[Report on the health of British troops in the Madras command]
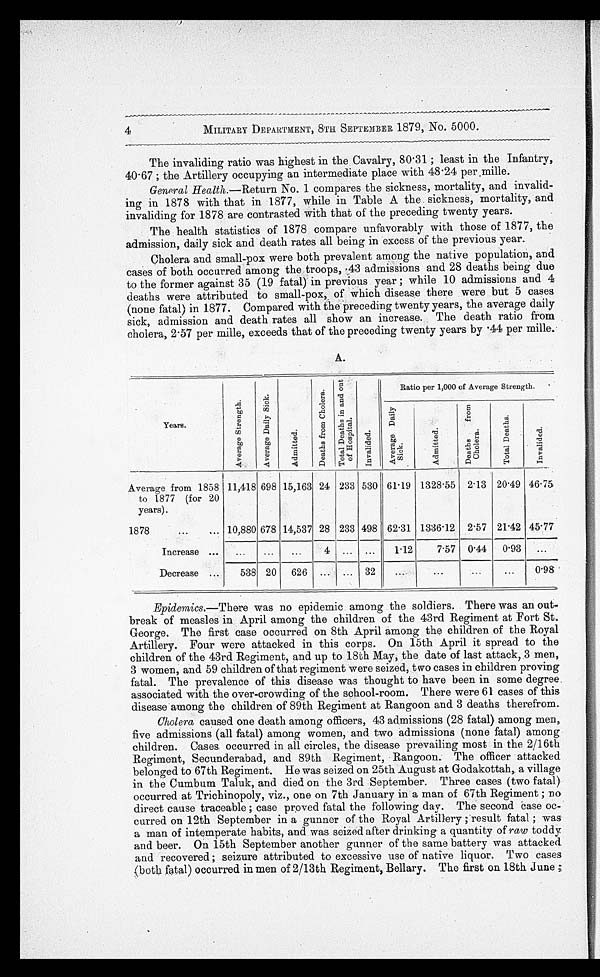
MILITARY DEPARTMENT, 8TH SEPTEMBER 1879, No. 5000.
The invaliding ratio was highest in the Cavalry, 80.31; least in the Infantry,
40.67; the Artillery occupying an intermediate place with 48.24 per mille.
General Health.—Return No. 1 compares the sickness, mortality, and invalid
-
ing in 1878 with that in 1877, while in Table A the sickness, mortality, and
invaliding for 1878 are contrasted with that of the preceding twenty years.
The health statistics of 1878 compare unfavorably with those of 1877, the
admission, daily sick and death rates all being in excess of the previous year.
Cholera and small-pox were both prevalent among the native population, and
cases of both occurred among the troops, .43 admissions and 28 deaths being due
to the former against 35 (19 fatal) in previous year; while 10 admissions and 4
deaths were attributed to small-pox, of which disease there were but 5 cases
(none fatal) in 1877. Compared with the preceding twenty years, the average daily
sick, admission and death rates all show an increase. The death ratio from
cholera, 2.57 per mille, exceeds that of the preceding twenty years by .44 per mille.
A.
Years.
A v e r a g e S t r e n g t h .
A v e r a g e D a i l y S i c k .
A d m i t t e d .
D e a t h s f r o m C h o l e r a . T o t a l D e a t h s i n a n d o u t o f H o s p i t a l . I n v a l i d e d .
Ratio per 1,000 of Average Strength.
A v e r a g e D a i l y S i c k .
A d m i t t e d .
D e a t h s f r o m C h o l e r a .
T o t a l D e a t h s .
Average from 1858
to 1877 (for 20
years).
11,418 698 15,163 24 233 530 61.19 1328.55 2.13 20.49 46.75
1878
10,880 678 14,537 28 233 498 62.31 1336.12 2.57 21.42 45.77
Increase
. . .
. . .
. . .
4
. . . . . .
1.12
7.57 0.44 0.93
Decrease
538 20 626
. . . . . .
32
. . .
. . .
. . .
. . .
0.98
Epidemics.—There was no epidemic among the soldiers. There was an out-
-break of measles in April among the children of the 43rd Regiment at Fort St.
George. The first case occurred on 8th April among the children of the Royal
Artillery. Four were attacked in this corps. On 15th April it spread to the
children of the 43rd Regiment, and up to 18th May, the date of last attack, 3 men,
3 women, and 59 children of that regiment were seized, two cases in children proving
fatal. The prevalence of this disease was thought to have been in some degree
associated with the over-crowding of the school-room. There were 61 cases of this
disease among the children of 89th Regiment at Rangoon and 3 deaths therefrom.
Cholera caused one death among officers, 43 admissions (28 fatal) among men,
five admissions (all fatal) among women, and two admissions (none fatal) among
children. Cases occurred in all circles, the disease prevailing most in the 2/16th
Regiment, Secunderabad, and 89th Regiment, Rangoon. The officer attacked
belonged to 67th Regiment. He was seized on 25th August at Godakottah, a village
in the Cumbum Taluk, and died on the 3rd September. Three cases (two fatal)
occurred at Trichinopoly, viz., one on 7th January in a man of 67th Regiment; no
direct cause traceable; case proved fatal the following day. The second case oc
-
curred on 12th September in a gunner of the Royal Artillery; result fatal; was
a man of intemperate habits, and was seized after drinking a quantity of raw toddy
and beer. On 15th September another gunner of the same battery was attacked
and recovered; seizure attributed to excessive use of native liquor. Two cases
(both fatal) occurred in men of 2/13th Regiment, Bellary. The first on 18th June;
4